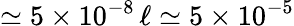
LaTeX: \simeq 5\times 10^{-8}\, \ell\simeq 5\times 10^{-5}